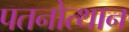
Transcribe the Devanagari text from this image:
पतनोत्थान